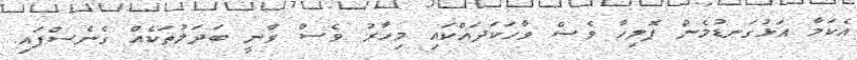
އެކަމާ އަޅުގަނޑުމެން ޕޮލިހާ ވެސް ވާހަކަދައްކައި މިހާރު ވެސް ވާނީ ބަދަލުތަކެއް ގެނެސްފައި.